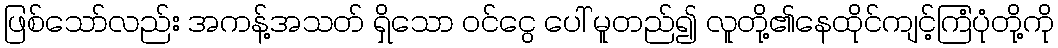
ဖြစ်သော်လည်း အကန့်အသတ် ရှိသော ဝင်ငွေ ပေါ် မူတည်၍ လူတို့၏နေထိုင်ကျင့်ကြံပုံတို့ကို